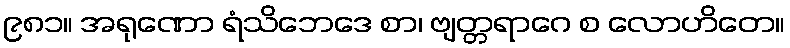
၉၈၁။ အရုဏော ရံသိဘေဒေ စာ၊ ဗျတ္တရာဂေ စ လောဟိတေ။